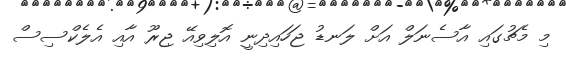
މި މެޗުގައި އާސެނަލް އަށް ލަނޑު ޖަހައިދިނީ އޮލިވިއޭ ޖިރޫ އާއި އެލެކްސިސް